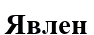
Явлен